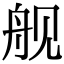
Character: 舰